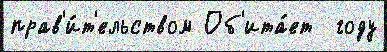
прав'и́т'ельством Об'ита́ет  году